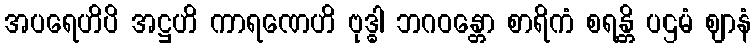
အပရေဟိပိ အဋ္ဌဟိ ကာရဏေဟိ ဗုဒ္ဓါ ဘဂဝန္တော စာရိကံ စရန္တိ ပဌမံ ဈာနံ